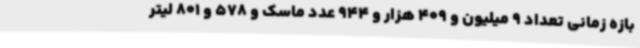
بازه زمانی تعداد 9 میلیون و 409 هزار و 944 عدد ماسک و 578 و 801 لیتر